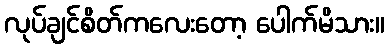
လုပ်ချင်စိတ်ကလေးတော့ ပေါက်မိသား။